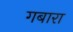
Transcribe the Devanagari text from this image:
गबारा